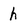
Character: h